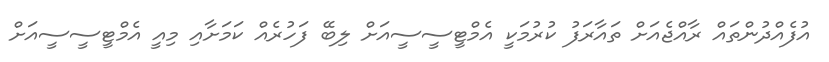
އުފެއްދުންތައް ރާއްޖެއަށް ތައާރަފު ކުރުމަކީ އެމްޓީސީސީއަށް ލިބޭ ފަހުރެއް ކަމަށާއި މިއީ އެމްޓީސީސީއަށް